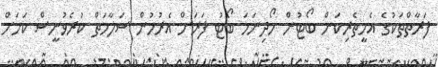
ފަރާތްތަކުގެ އެހީތެރިކަން ބޯޓުން ހޯދިނަމަ ބޯޓު ފަރަށް އެރުމުން ސަލާމަތް ކުރެވުނީސް ކަމަށް